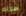
طولك